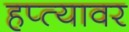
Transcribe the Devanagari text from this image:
हप्त्यावर